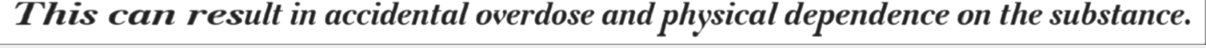
This can result in accidental overdose and physical dependence on the substance.